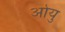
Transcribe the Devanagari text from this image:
ओयु